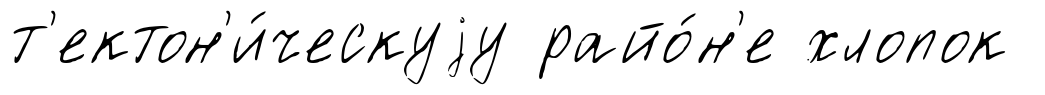
т'ектон'и́ческуjу райо́н'е хлопок